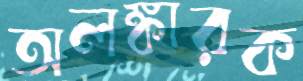
অলঙ্কারক